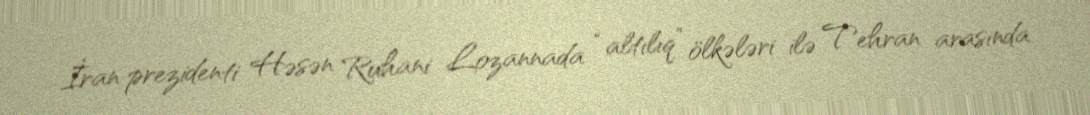
İran prezidenti Həsən Ruhani Lozannada “altılıq” ölkələri ilə Tehran arasında